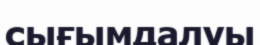
сығымдалуы